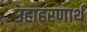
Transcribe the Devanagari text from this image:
उहाहरणार्थ